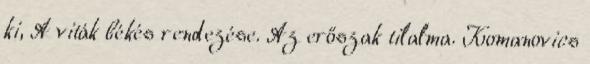
ki, A viták békés rendezése. Az erőszak tilalma. Komanovics